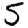
Digit: 5